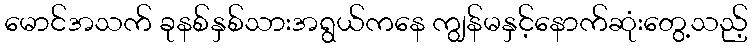
မောင်အသက် ခုနစ်နှစ်သားအရွယ်ကနေ ကျွန်မနှင့်နောက်ဆုံးတွေ့သည့်